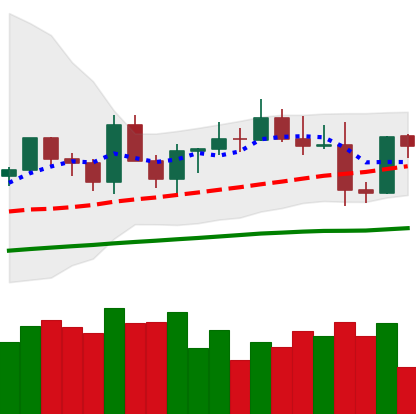
Ticker: EOS-USD
Chart end date: 2021-03-27
Forward return: 37.045%
Label: up_7plus